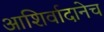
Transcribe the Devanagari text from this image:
आशिर्वादानेच